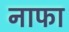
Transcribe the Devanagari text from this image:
नाफा